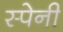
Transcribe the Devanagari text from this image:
स्‍पेनी